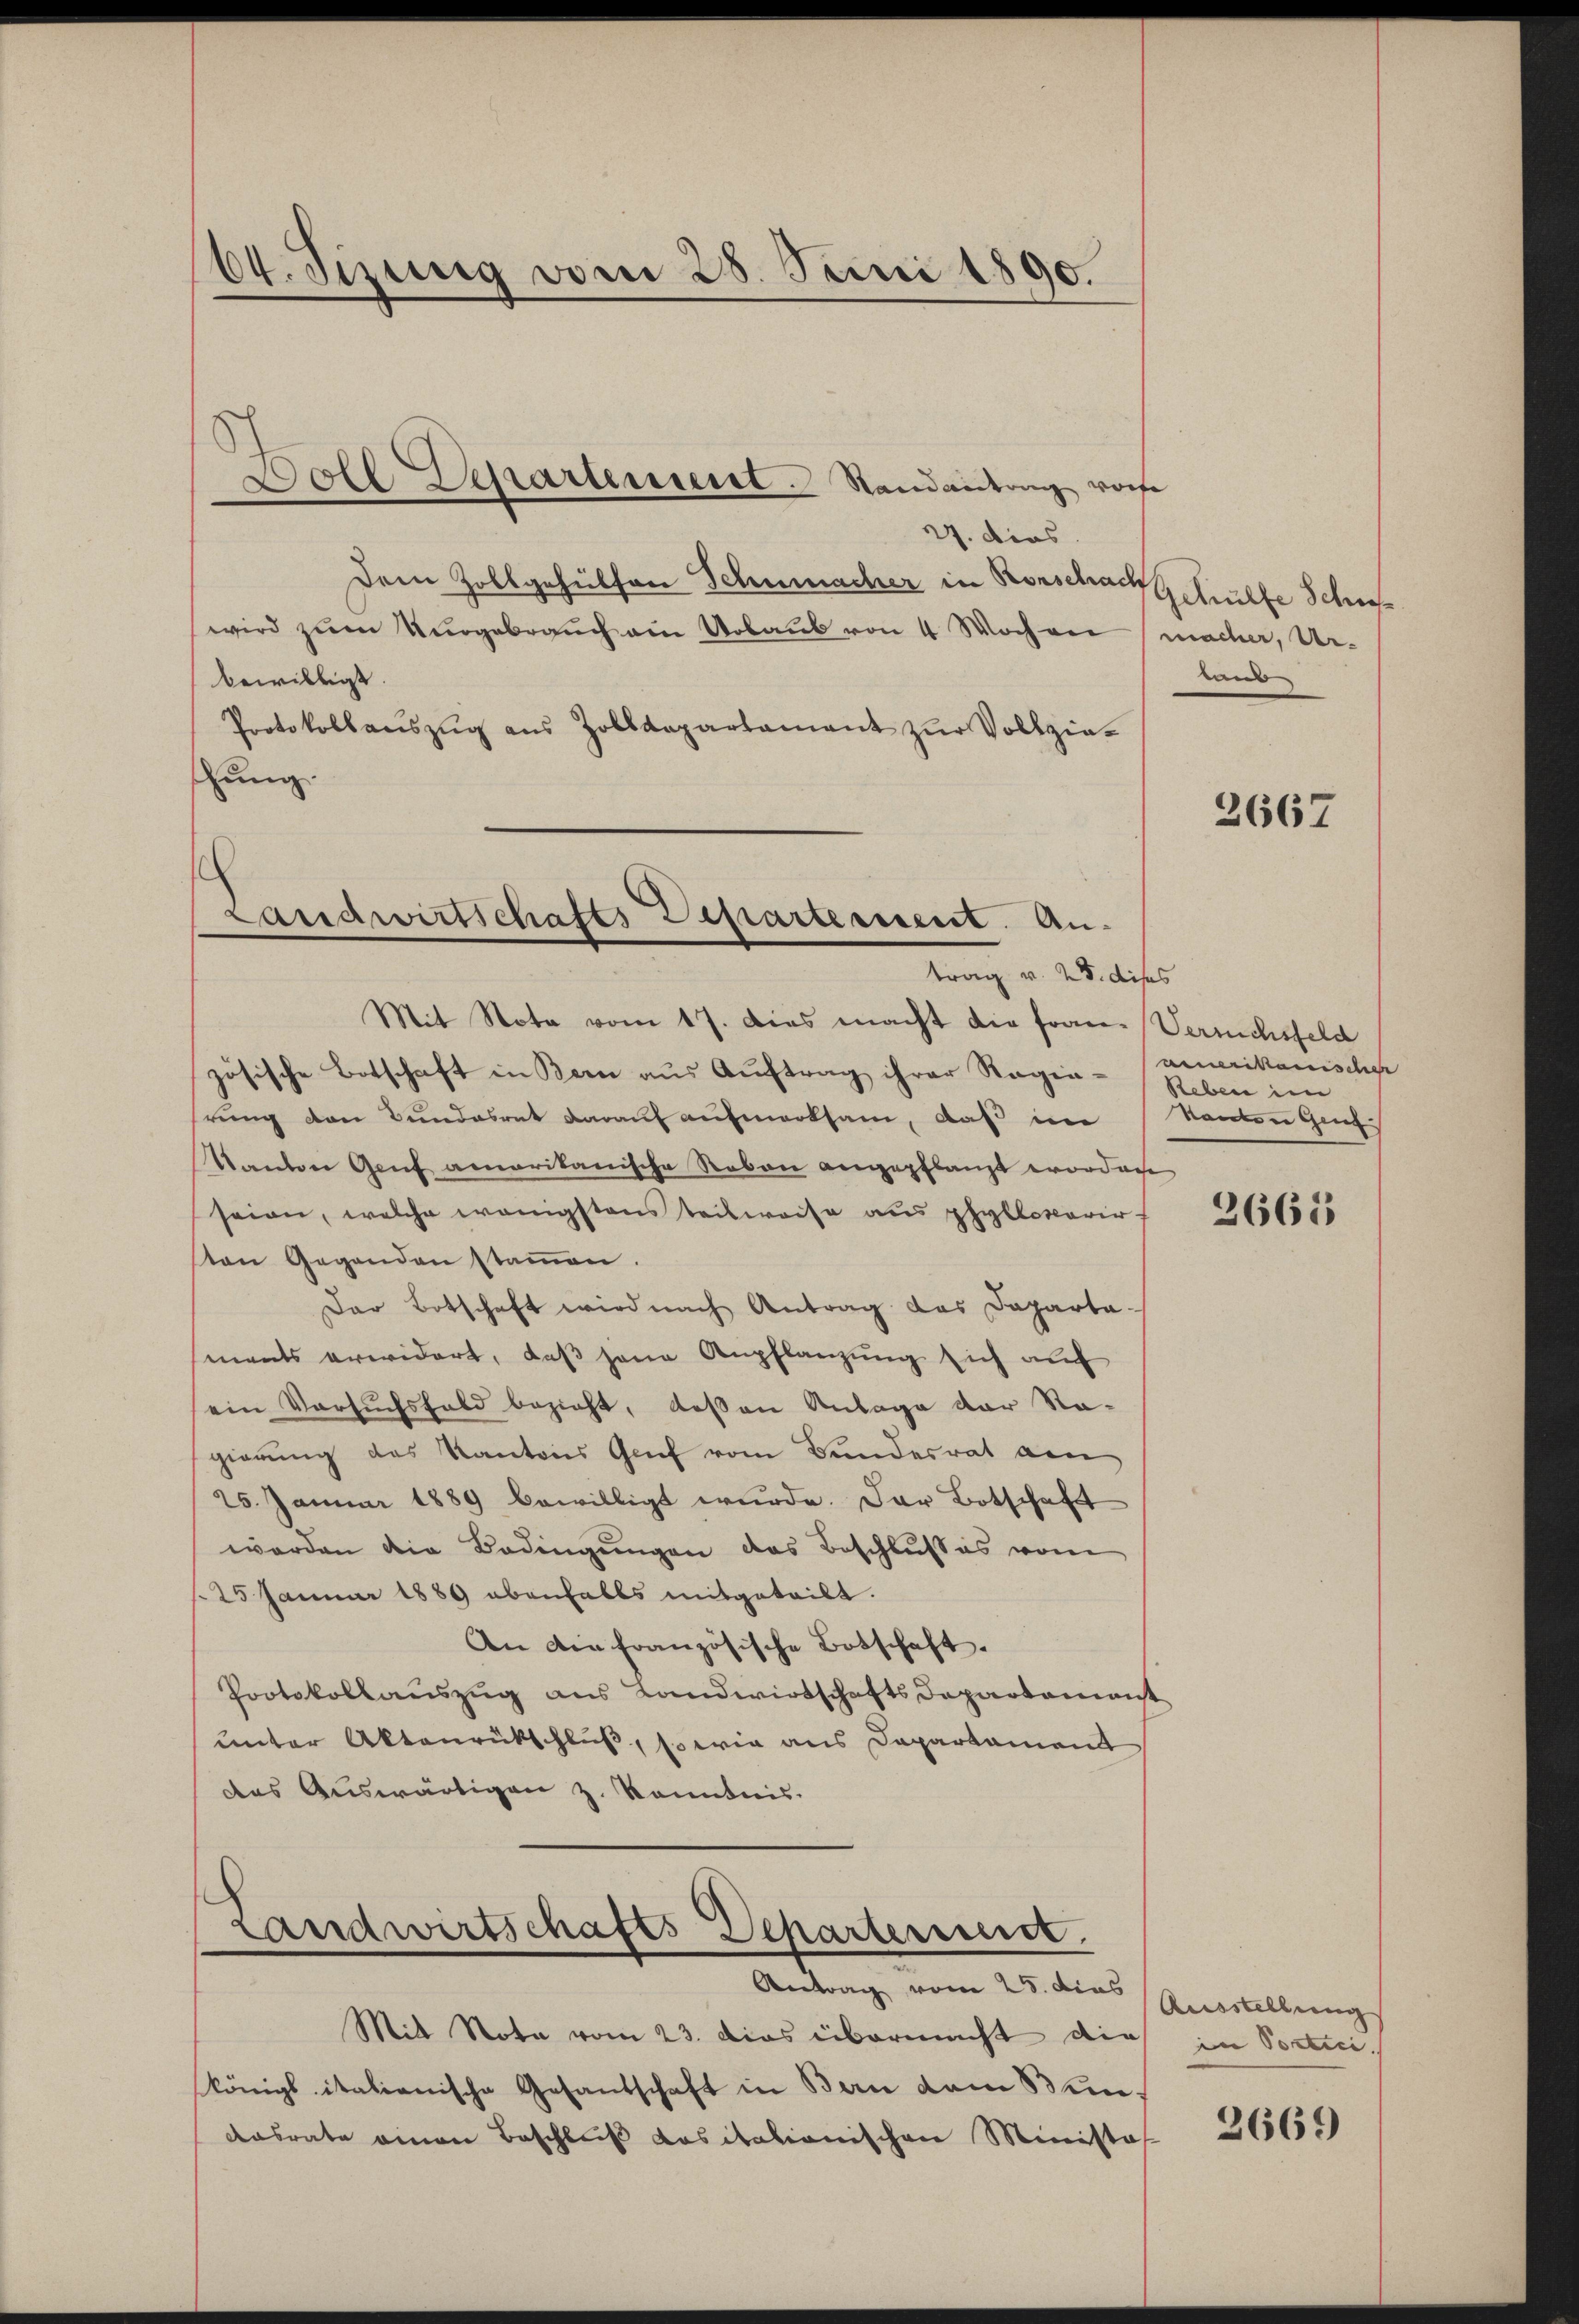
64. Sizung vom 28. Juni 1890.

27. dies
Dem Zollgehülfen Schumacher in Rorschachschulte Schrif
wird zum Ungebrauch am Urbaus von 4 Wocheer macher, Ur-
bewilligt.
Protokollaŭszŭg aŭs Zolldepartamant zŭr Vollzie-
ung.

Boll Separtement Randeutung vore

Landwirtschafts Departement. Antrag v. 25. dises

Landwirtschafts Departement.
Antrag vom 25. dies

tand

Mit Nota vom 17. Dies macht die Fran- Verrichsfeld
zösische Botschaft in Bern aus Auftrag ihrer Regia - amerikanischer
rung von Bundesrat darauf aufmerksam, daß in Nanten Gen
Tanton Genf amaritanische Reben angepflanzt worden
seien, welche wenigstens teilweise aus phyllovarirten Gegenden stamen.
Der Botschaft wird nach Antrag das Dapartaments erwidert, daß jene Anpflanzung sich auf
ein Versuchsfeld bezieht, deßen Anlage der Sta-
gierung des Kantons Genf vom Bundesrat am
25. Januar 1889 bewilligt wurde. Der Botschaft
worden die Bedingungen das Beschlusses vom
25 Januar 1889 ebenfalls mitgeteilt.
An die französische Botschaft.
Protokollauszug aus Landwirtschafts Departement
unter Aktenrückschluß, so wie aus Departament
das Auswärtigen z. Kenntnis.

Mit Nota vom 23. Das übermacht die
königl italienische Gesandschaft in Bern dem Bun¬
Ansrate einen Beschluß dasitationischen Minista

2667

Reben im

3665

Ausstellung
in Portici

2669